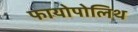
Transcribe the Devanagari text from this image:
फायोपोलिथ